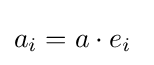
a_{i}=a\cdot e_{i}\